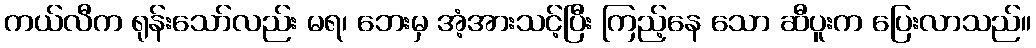
ကယ်လီက ရုန်းသော်လည်း မရ၊ ဘေးမှ အံ့အားသင့်ပြီး ကြည့်နေ သော ဆီပူးက ပြေးလာသည်။